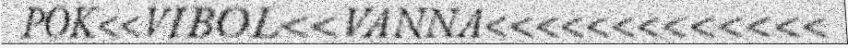
POK<<VIBOL<<VANNA<<<<<<<<<<<<<